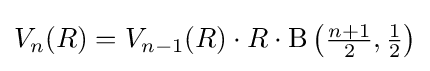
V_{n}(R)=V_{n-1}(R)\cdot R\cdot \mathrm {B} \left({\tfrac {n+1}{2}},{\tfrac {1}{2}}\right)